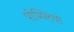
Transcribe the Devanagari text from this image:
पोम्प्लियो